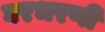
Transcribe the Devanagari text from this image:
घरभरणी